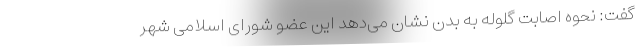
گفت: نحوه اصابت گلوله به بدن نشان می‌دهد این عضو شورای اسلامی شهر